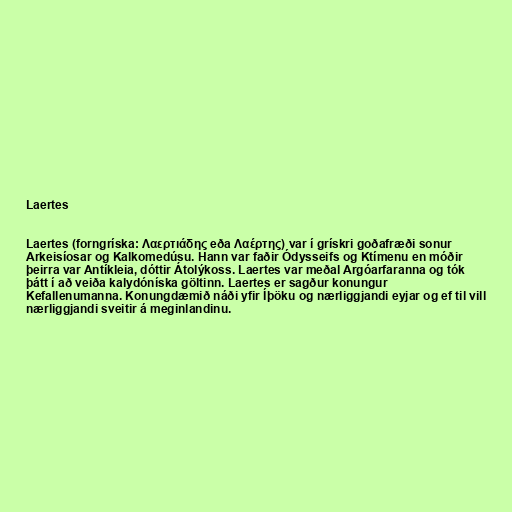
Laertes

Laertes (forngríska: Λαερτιάδης eða Λαέρτης) var í grískri goðafræði sonur
Arkeisíosar og Kalkomedúsu. Hann var faðir Ódysseifs og Ktímenu en móðir
þeirra var Antíkleia, dóttir Átolýkoss. Laertes var meðal Argóarfaranna og tók
þátt í að veiða kalydóníska göltinn. Laertes er sagður konungur
Kefallenumanna. Konungdæmið náði yfir Íþöku og nærliggjandi eyjar og ef til vill
nærliggjandi sveitir á meginlandinu.